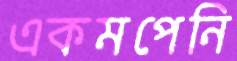
একমপেনি